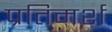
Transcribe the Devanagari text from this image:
प्रतिमर्श